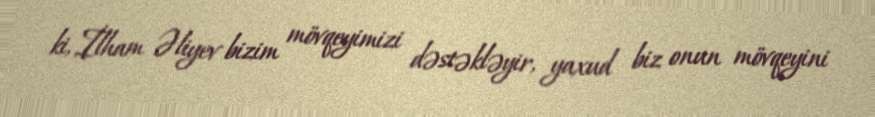
ki, İlham Əliyev bizim mövqeyimizi dəstəkləyir, yaxud biz onun mövqeyini